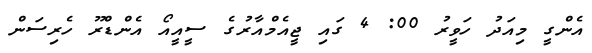
އެންގީ މިއަދު ހަވީރު 00: 4 ގައި ޖީއެމްއާރުގެ ސީއީއޯ އެންޑްރޫ ހެރިސަން